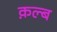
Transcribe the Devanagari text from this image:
क़ल्ब